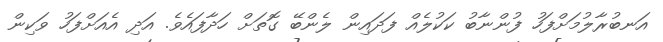
އަނބުރާލުމަށްފަހު ފުންނާބު ކަކުލެއް ފަދައިން ލެންބޭ ގޮތަށް ހަދާފައެވެ. އަދި އެއަށްފަހު ވަކިން